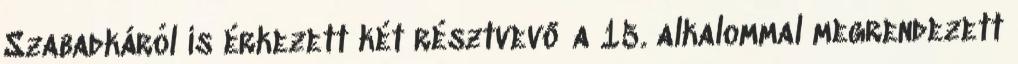
Szabadkáról is érkezett két résztvevő a 15. alkalommal megrendezett